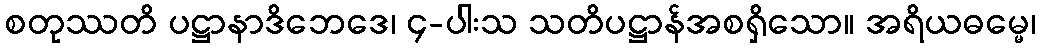
စတုဿတိ ပဋ္ဌာနာဒိဘေဒေ၊ ၄-ပါးသ သတိပဋ္ဌာန်အစရှိသော။ အရိယဓမ္မေ၊